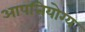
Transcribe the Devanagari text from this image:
आपत्तियोग्य